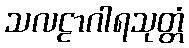
သလဠာဂါရသုတ္တံ